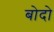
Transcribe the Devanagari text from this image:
बोदो